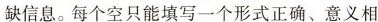
缺信息.每个空只能填写一个形式正确、意义相